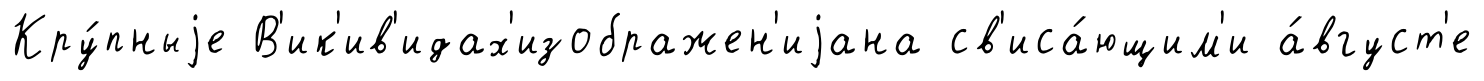
Кру́пныjе В'ик'ив'идах'изображен'иjана св'иса́ющим'и а́вгуст'е